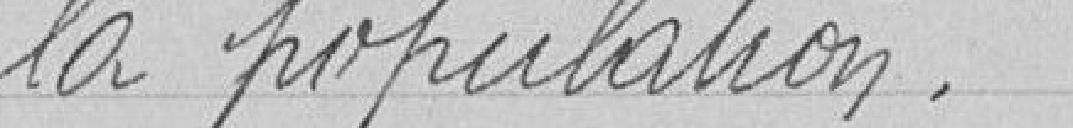
la population.